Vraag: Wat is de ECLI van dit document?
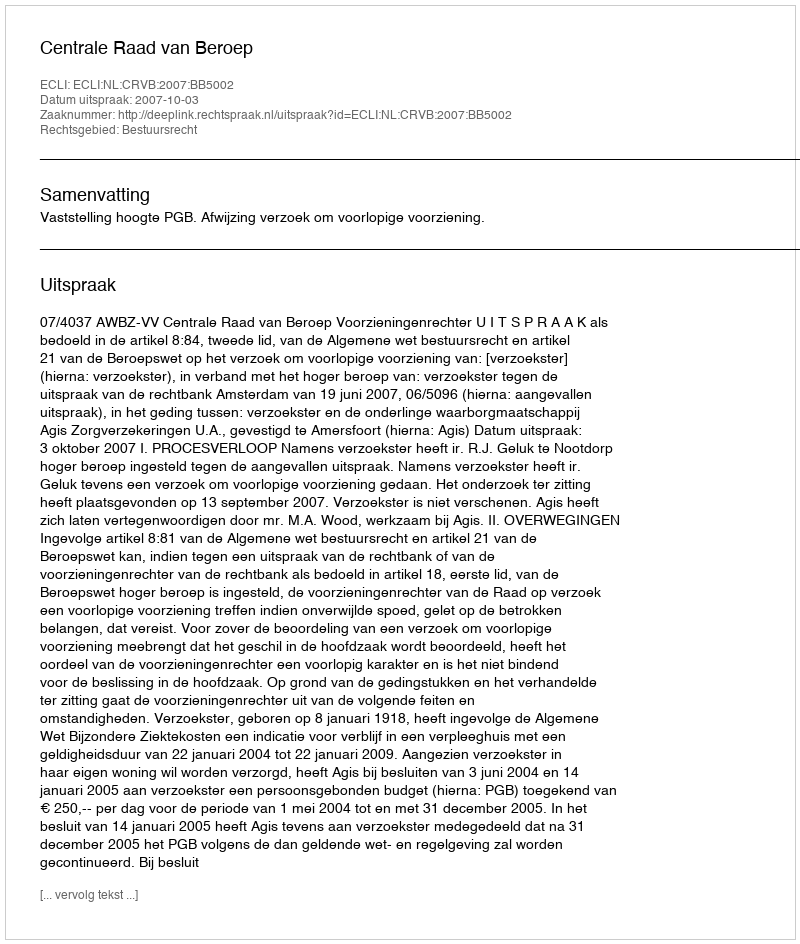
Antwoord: ECLI:NL:CRVB:2007:BB5002